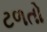
ટળતો